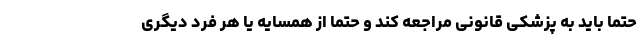
حتما باید به پزشکی قانونی مراجعه کند و حتما از همسایه یا هر فرد دیگری